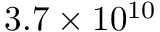
3 . 7 \times 1 0 ^ { 1 0 }